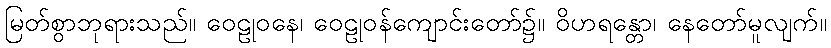
မြတ်စွာဘုရားသည်။ ဝေဠုဝနေ၊ ဝေဠုဝန်ကျောင်းတော်၌။ ဝိဟရန္တော၊ နေတော်မူလျက်။